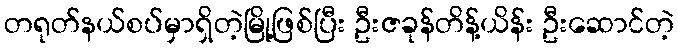
တရုတ်နယ်စပ်မှာရှိတဲ့မြို့ဖြစ်ပြီး ဦးဇခုန်တိန့်ယိန်း ဦးဆောင်တဲ့